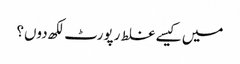
میں کیسے غلط رپورٹ لکھ دوں؟